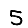
Digit: 5